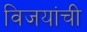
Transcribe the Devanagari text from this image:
विजयांची